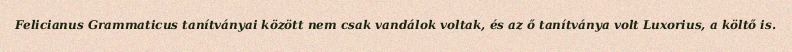
Felicianus Grammaticus tanítványai között nem csak vandálok voltak, és az ő tanítványa volt Luxorius, a költő is.